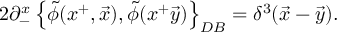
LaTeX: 2 \partial _ { - } ^ { x } \left\{ \widetilde { \phi } ( x ^ { + } , \vec { x } ) , \widetilde { \phi } ( x ^ { + } \vec { y } ) \right\} _ { D B } = \delta ^ { 3 } ( \vec { x } - \vec { y } ) .